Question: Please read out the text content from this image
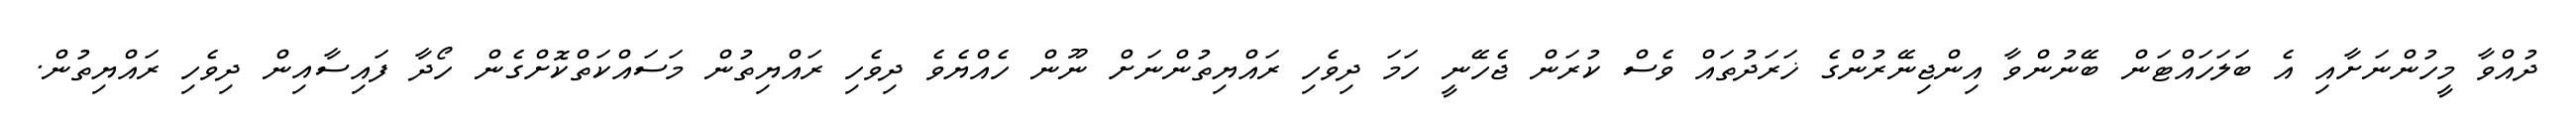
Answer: ދުއްވާ މީހުންނަށާއި އެ ބަލަހައްޓަން ބޭނުންވާ އިންޖިނޭރުންގެ ޚަރަދުތައް ވެސް ކުރަން ޖެހޭނީ ހަމަ ދިވެހި ރައްޔިތުންނަށް ނޫން ހެއްޔެވެ ދިވެހި ރައްޔިތުން މަސައްކަތްކޮށްގެން ހޯދާ ފައިސާއިން ދިވެހި ރައްޔިތުން.